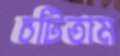
চটিতাম